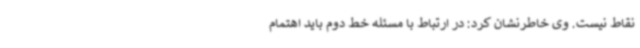
نقاط نیست. وی خاطرنشان کرد: در ارتباط با مسئله خط دوم باید اهتمام